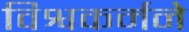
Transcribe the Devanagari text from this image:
विश्वकर्मने